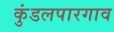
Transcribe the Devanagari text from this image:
कुंडलपारगाव